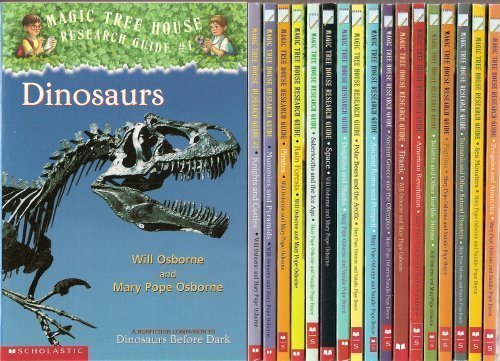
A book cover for The Magic Tree House Research Guide 18-Book Set (American Revolution, Ancient Greece and the Olympic; Mary Pope Osborne; Travel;